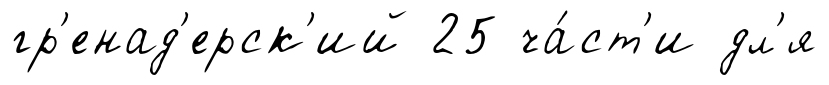
гр'енад'ерск'ий 25 ча́ст'и дл'я